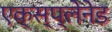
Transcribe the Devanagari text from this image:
एक्स्प्लेनेड